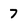
Character: 7